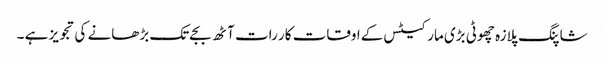
شاپنگ پلازہ چھوٹی بڑی مارکیٹس کےاوقات کار رات آٹھ بجےتک بڑھانے کی تجویز ہے ۔